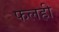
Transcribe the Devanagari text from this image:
फलही